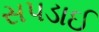
સપડાઈ